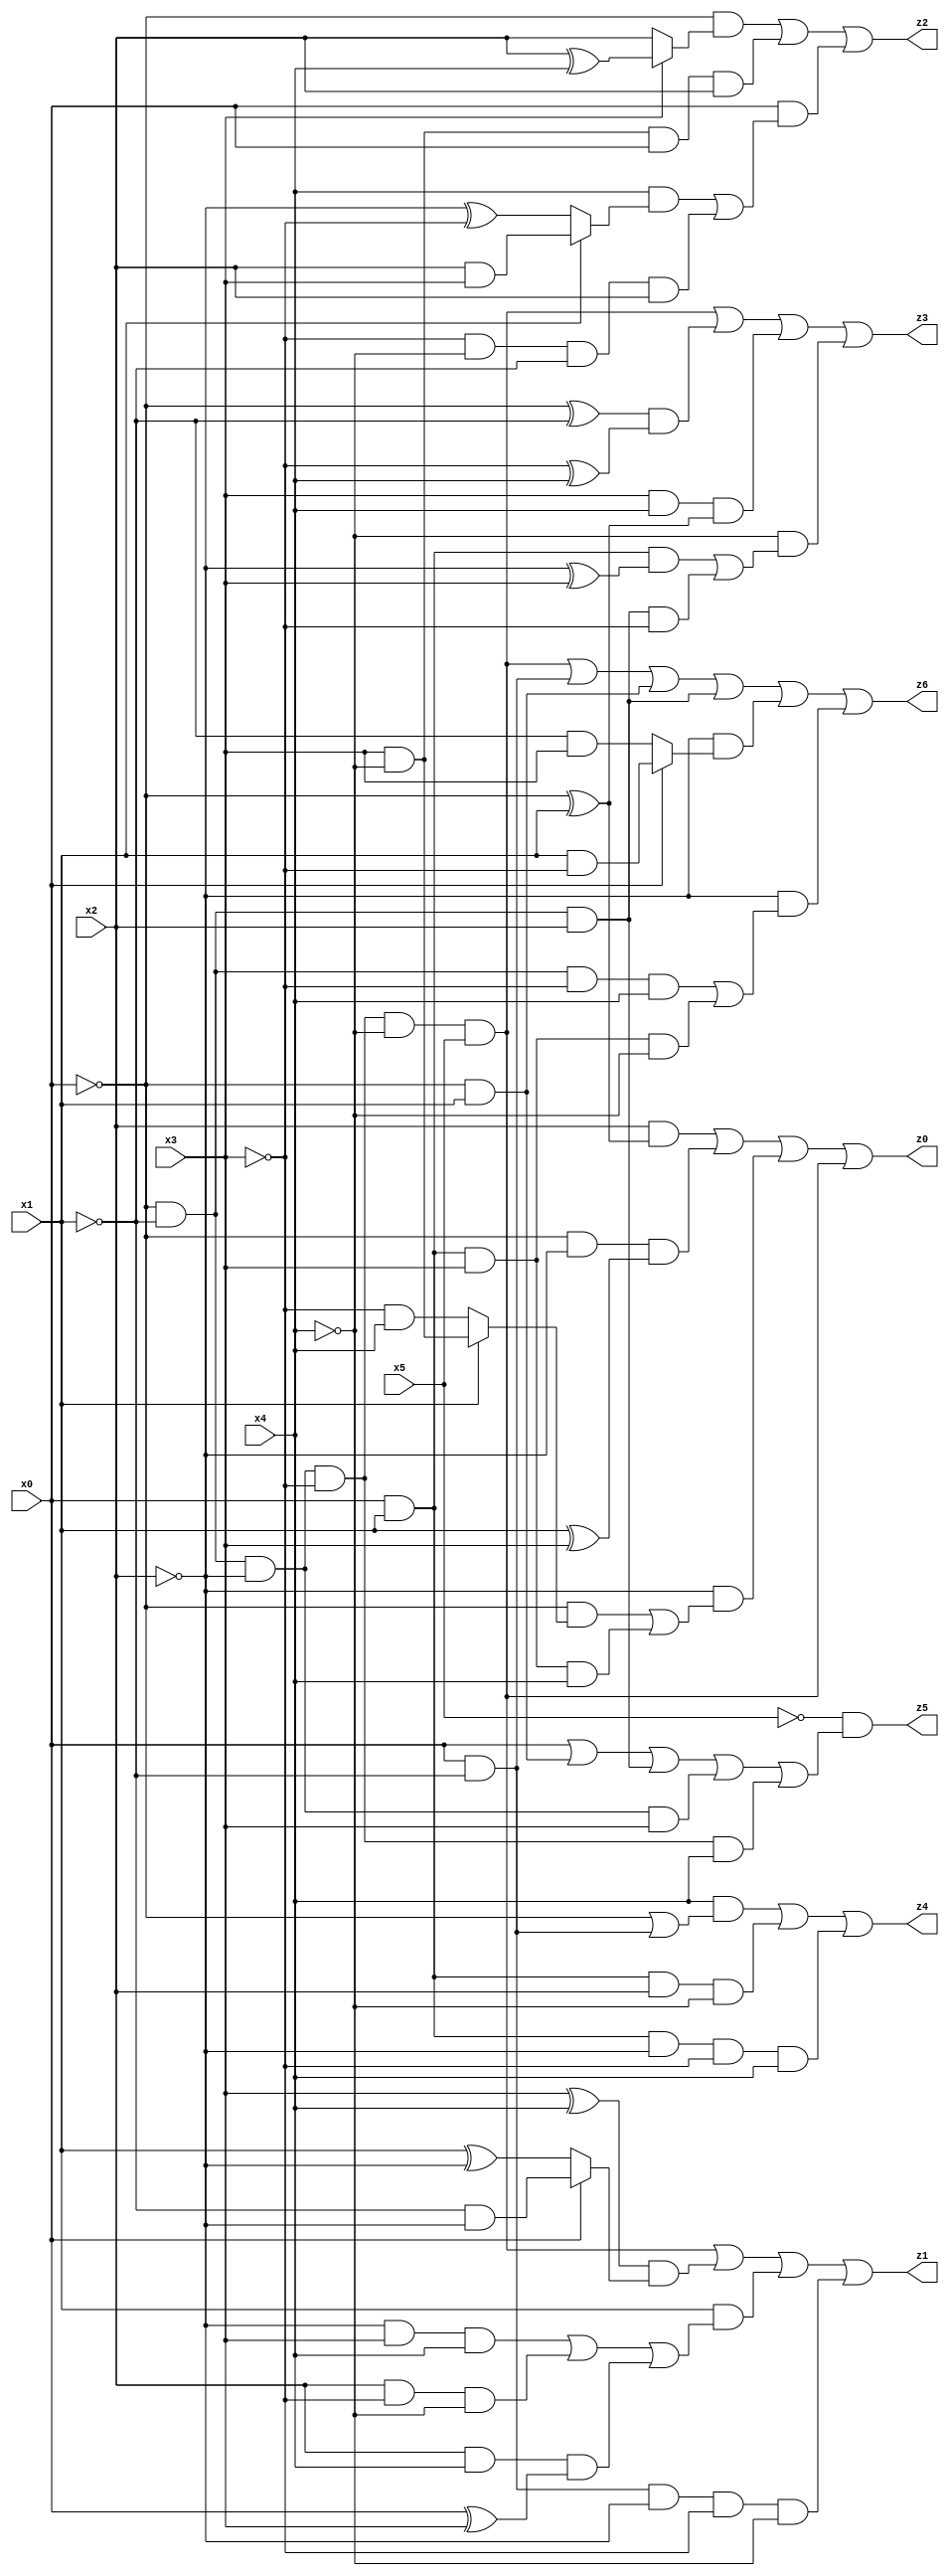
// Benchmark "X_10" written by ABC on Thu Jun 29 21:14:46 2023

module X_10 ( 
    x0, x1, x2, x3, x4, x5,
    z0, z1, z2, z3, z4, z5, z6  );
  input  x0, x1, x2, x3, x4, x5;
  output z0, z1, z2, z3, z4, z5, z6;
  assign z0 = (x2 & (~x0 ^ x1)) | (~x0 & ~x2 & (x1 ^ x3)) | (~x2 & ((~x0 & (x1 ? (x3 & ~x4) : (~x3 & x4))) | (x0 & x1 & x3 & x4))) | (~x0 & ~x1 & ~x2 & ~x3 & ~x4 & x5);
  assign z1 = (~x0 & ~x1 & ~x2 & ~x3 & ~x4 & x5) | ((x3 ^ x4) & (x0 ? (~x1 & ~x2) : (x1 ^ ~x2))) | (x1 & ((~x2 & x3 & x4) | (x2 & ~x3 & ~x4) | (x2 & x4 & (x0 ^ x3)))) | (x0 & ~x1 & ~x2 & ~x3 & ~x4);
  assign z2 = (~x0 & (x3 ? (x2 ^ x4) : x2)) | (x3 & ~x4 & x0 & x2) | (x0 & ((x4 & (x1 ? (x2 & x3) : (~x2 ^ ~x3))) | (~x3 & ~x4 & ~x1 & x2)));
  assign z3 = (~x0 & ~x1 & ~x2 & ~x3 & ~x4 & x5) | ((~x0 ^ ~x1) & (~x3 ^ x4)) | (x3 & x4 & (~x0 ^ x1)) | (~x4 & ((x0 & x1 & (~x2 ^ x3)) | (~x0 & ~x1 & x2 & ~x3)));
  assign z4 = (x4 & (~x0 | (x0 & ~x1))) | (x0 & x1 & x2 & ~x4) | (x0 & x1 & ~x2 & ~x3 & x4);
  assign z5 = ~x5 & (x0 | (~x0 & x1) | (~x0 & ~x1 & x2) | (~x0 & ~x1 & ~x2 & x3) | (~x0 & ~x1 & ~x2 & ~x3 & x4));
  assign z6 = (~x0 & ~x1 & ~x2 & ~x3 & ~x4 & x5) | (x0 & ~x1) | (~x0 & x1) | (~x0 & ~x1 & x2) | (~x2 & (x0 ? (x1 & ~x3) : (~x1 & x3))) | (~x2 & ((~x0 & ~x1 & ~x3 & x4) | (x0 & x1 & x3 & ~x4)));
endmodule